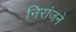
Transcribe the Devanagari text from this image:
निरांजने